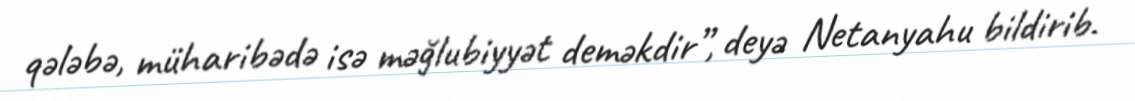
qələbə, müharibədə isə məğlubiyyət deməkdir”, deyə Netanyahu bildirib.